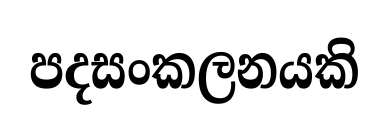
පදසංකලනයකි